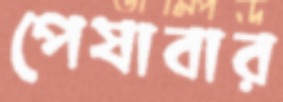
পেষাবার